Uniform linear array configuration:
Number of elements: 32
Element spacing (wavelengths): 0.25
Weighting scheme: uniform
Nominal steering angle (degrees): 15
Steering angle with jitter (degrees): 15.839
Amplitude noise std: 0.05
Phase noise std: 0.05

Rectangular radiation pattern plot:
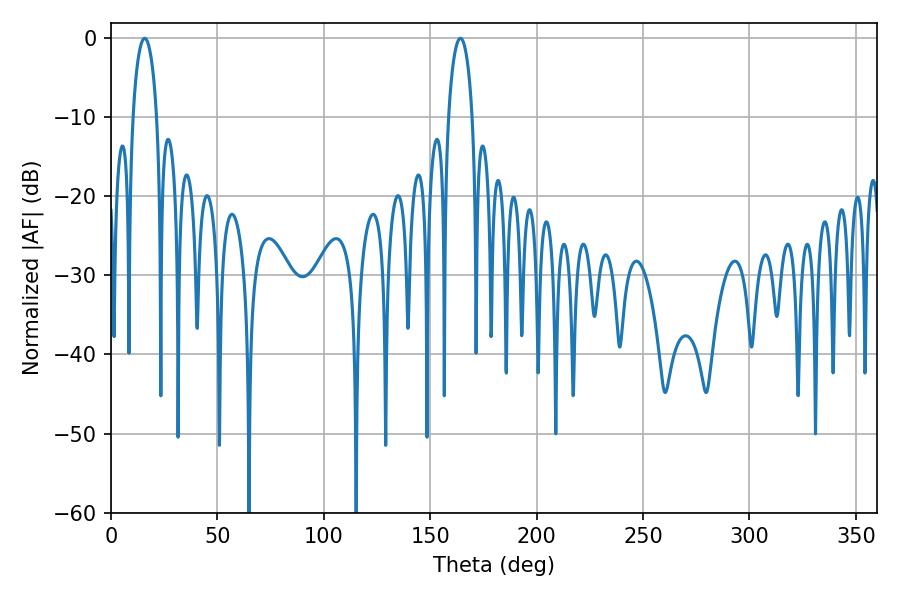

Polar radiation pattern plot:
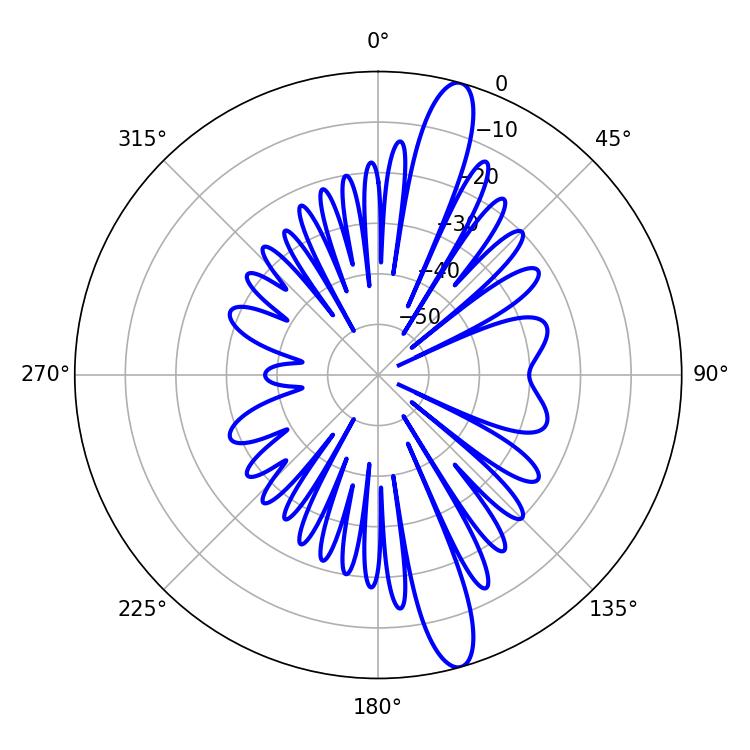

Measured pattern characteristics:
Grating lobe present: FALSE
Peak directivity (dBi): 14.472
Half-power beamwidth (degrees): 6.48
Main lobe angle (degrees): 15.84